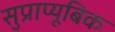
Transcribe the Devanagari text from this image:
सुप्राप्यूबिक